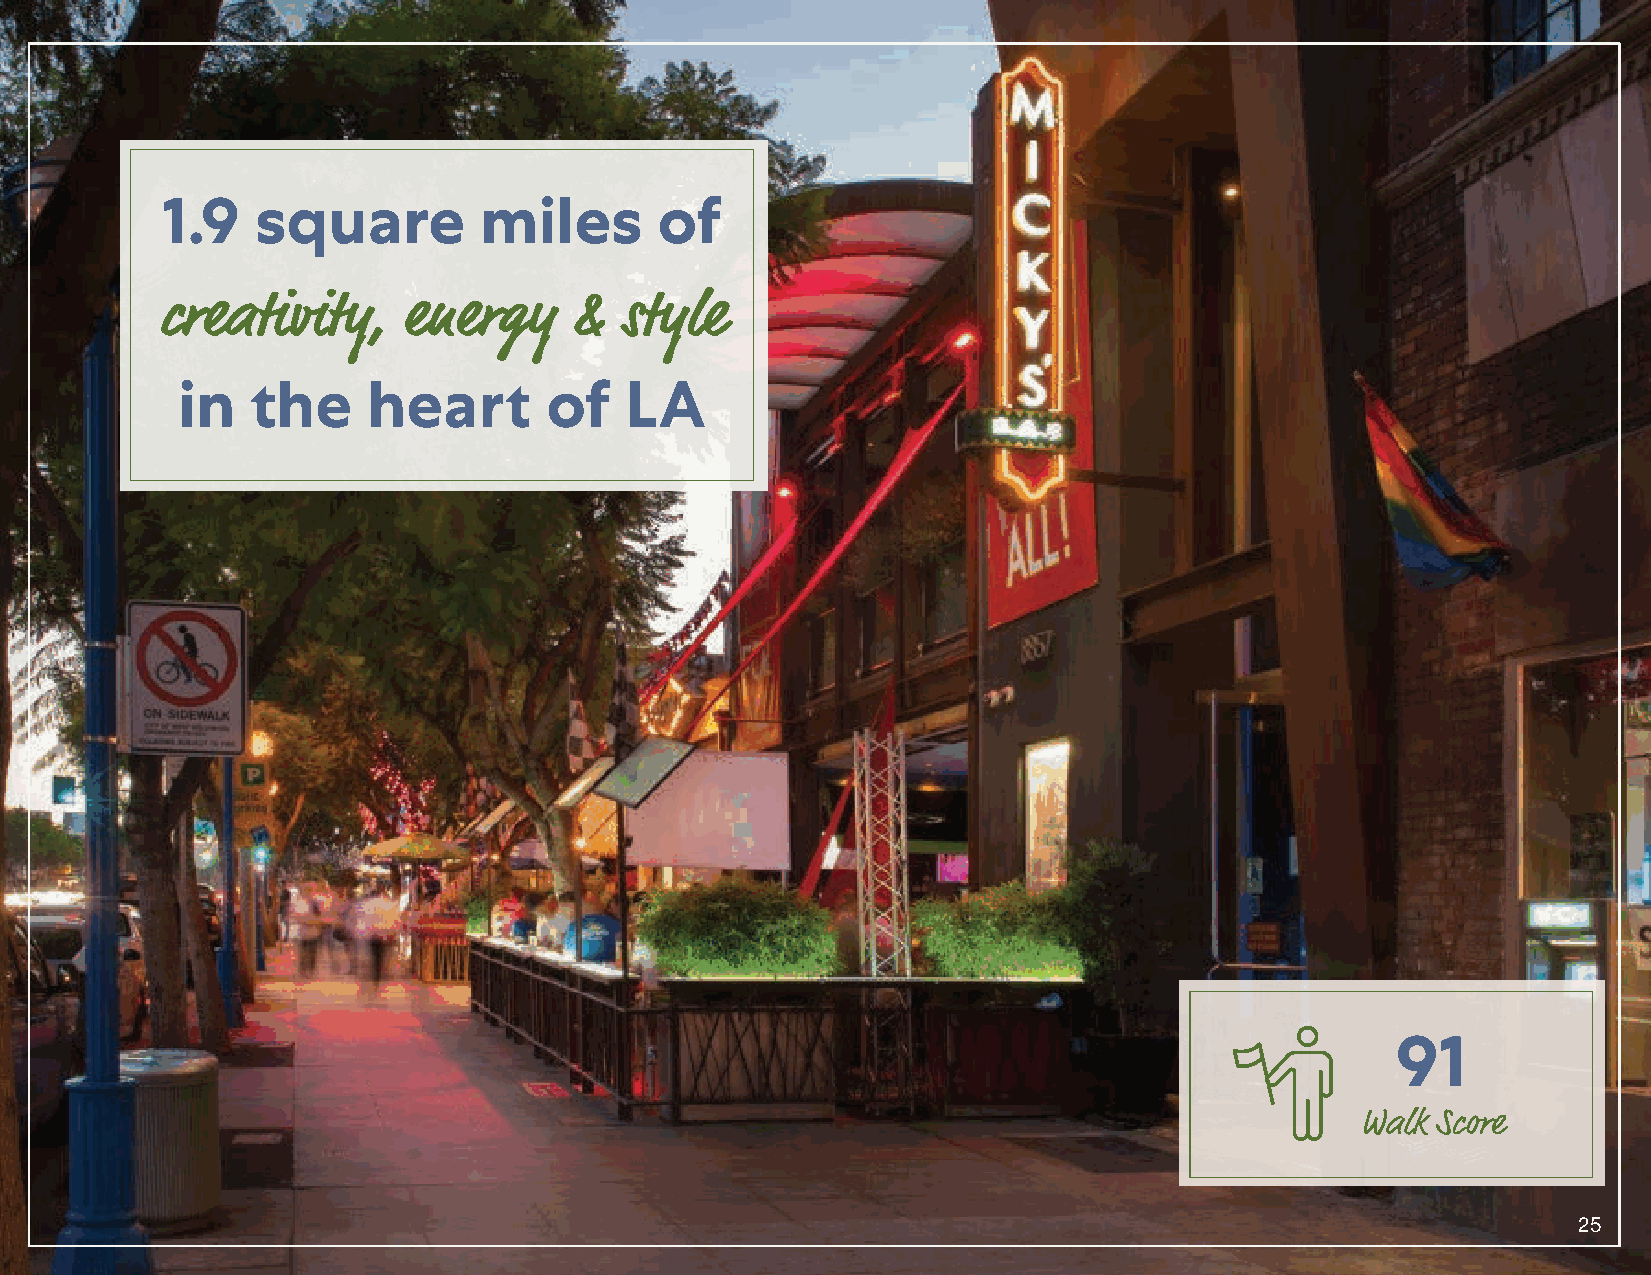
1.9   square         miles       of
 creativity,     energy     &  style
 in   the    heart       of   LA
 91
 Walk Score
 25